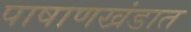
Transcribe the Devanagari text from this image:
पाषाणखंडात